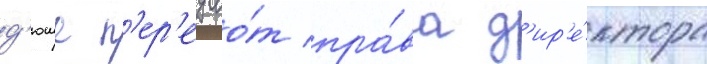
д'юше п'ер'едао́т пра́ва д'ир'е́ктора